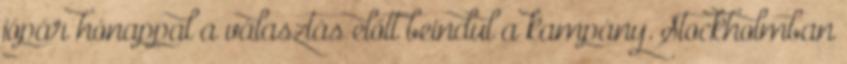
jópár hónappal a választás előtt beindul a kampány. Stockholmban